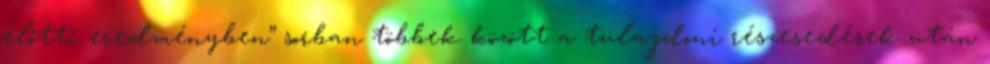
előtti eredményben” sorban többek között a tulajdoni részesedések után